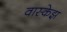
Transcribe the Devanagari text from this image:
वास्केझ